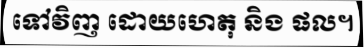
ទៅវិញ ដោយហេតុ និង ផល។